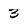
Character: 3